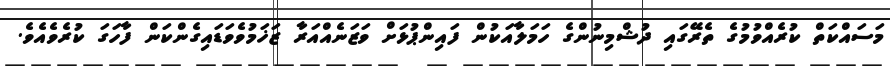
މަސައްކަތް ކުރެއްވުމުގެ ތެރޭގައި ދުޝްމިނުންގެ ހަމަލާއަކުން ފައިންޕުޅަށް ވަޒަނެއްއަރާ ޒަޚަމުވެވަޑައިގެންކަން ފާހަގަ ކުރެވެއެވެ.